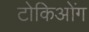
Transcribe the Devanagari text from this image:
टोकिओंग